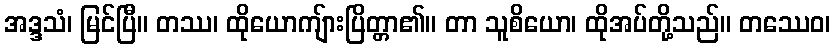
အဒ္ဒသံ၊ မြင်ပြီ။ တဿ၊ ထိုယောကျ်ားပြိတ္တာ၏။ တာ သူစိယော၊ ထိုအပ်တို့သည်။ တဿေဝ၊